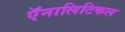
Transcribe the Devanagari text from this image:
ऍनालिटिकल